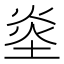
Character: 烾